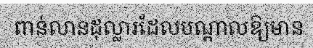
ពាន់លានដុល្លារដែលបណ្តាលឱ្យមាន